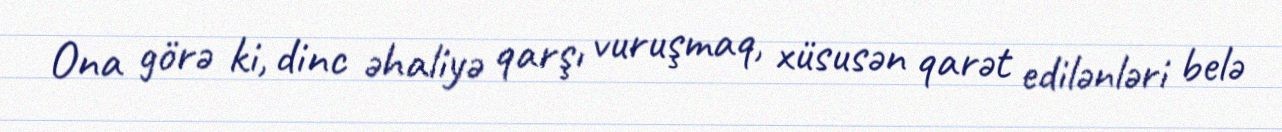
Ona görə ki, dinc əhaliyə qarşı vuruşmaq, xüsusən qarət edilənləri belə